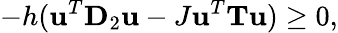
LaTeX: -h(\mathbf{u}^{T}\mathbf{D}_{2}\mathbf{u}-J\mathbf{u}^{T}\mathbf{T}\mathbf{u})\geq 0,